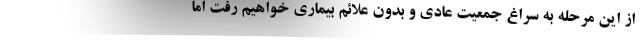
از این مرحله به سراغ جمعیت عادی و بدون علائم بیماری خواهیم رفت اما